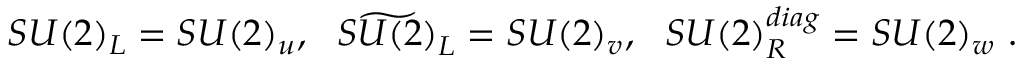
S U ( 2 ) _ { L } = S U ( 2 ) _ { u } , ~ ~ \widetilde { S U ( 2 ) } _ { L } = S U ( 2 ) _ { v } , ~ ~ S U ( 2 ) _ { R } ^ { d i a g } = S U ( 2 ) _ { w } \ .